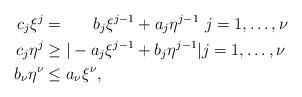
LaTeX: \begin{align*}c_j \xi^j &= \ \ \ \ \ b_j \xi^{j-1} + a_j \eta^{j-1} \ j=1,\dots,\nu \\c_j \eta^j &\ge |-a_j \xi^{j-1} + b_j \eta^{j-1}| j=1,\dots,\nu \\b_\nu \eta^\nu & \le a_\nu \xi^\nu ,\end{align*}